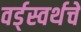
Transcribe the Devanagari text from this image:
वर्ड्‌स्वर्थचे